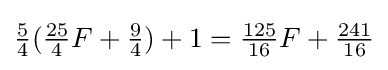
{\tfrac {5}{4}}({\tfrac {25}{4}}F+{\tfrac {9}{4}})+1={\tfrac {125}{16}}F+{\tfrac {241}{16}}